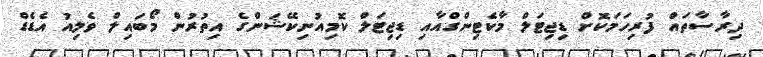
ދިރާސާތައް ފުރިހަމަކޮށް ޑިޖިޓަލް މާކެޓިންގްއާއި ޑިޖިޓަލް ކޮމިއުނިކޭޝަންގެ އިތުރުން މޯބައިލް ވެލިއު އެޑެޑް